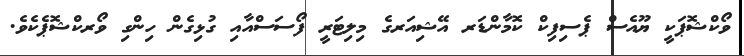
ވޯކްޝޮޕަކީ ޔޫއެސް ޕެސިފިކް ކޮމާންޑަރ އޭޝިއަރގެ މިލިޓަރީ ފޯސަސްއާއި ގުޅިގެން ހިންގި ވޯރކްޝޮޕެކެވެ.